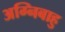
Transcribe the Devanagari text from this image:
अग्निबाहु